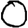
Digit: 0